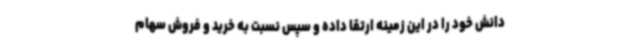
دانش خود را در این زمینه ارتقا داده و سپس نسبت به خرید و فروش سهام